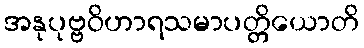
အနုပုဗ္ဗဝိဟာရသမာပတ္တိယောတိ